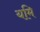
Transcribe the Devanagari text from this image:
यमि